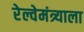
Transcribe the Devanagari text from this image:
रेल्वेमंत्र्याला